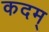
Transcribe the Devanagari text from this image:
कदम्